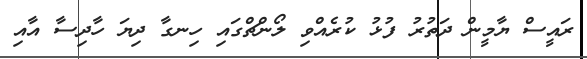
ރައީސް ޔާމީން ދަތުރު ފުޅު ކުރެއްވި ލޯންޗްގައި ހިނގާ ދިޔަ ހާދިސާ އާއި